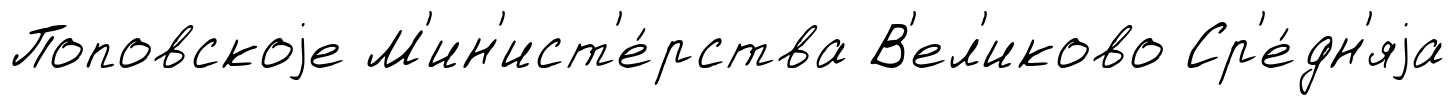
Поповскоjе М'ин'ист'е́рства В'ел'иково Ср'е́дн'яjа